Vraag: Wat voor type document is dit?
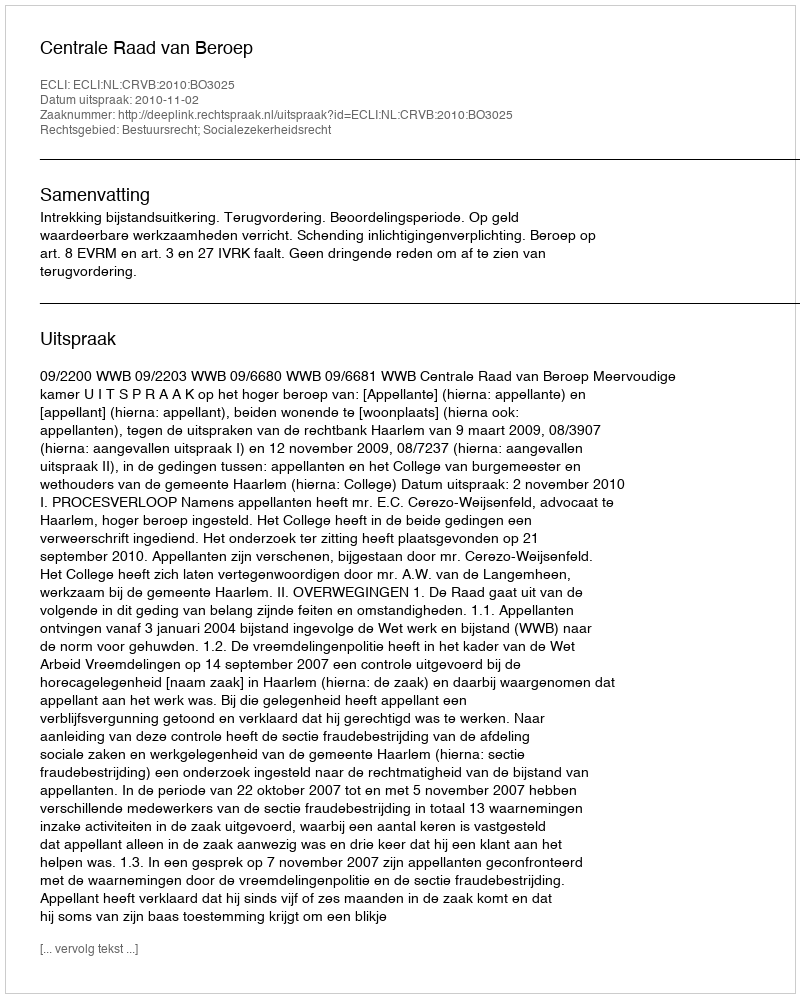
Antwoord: Uitspraak